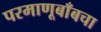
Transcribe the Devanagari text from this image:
परमाणूबाँबचा